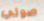
صوتي